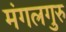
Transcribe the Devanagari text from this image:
मंगलगुरु